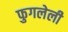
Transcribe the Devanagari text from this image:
फुगलेली